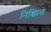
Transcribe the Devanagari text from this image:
निश्च्चित